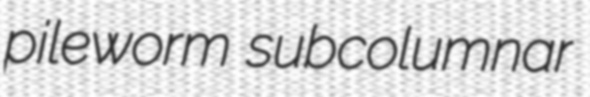
pileworm subcolumnar